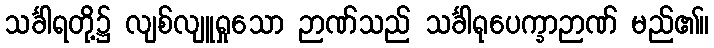
သင်္ခါရတို့၌ လျစ်လျူရှုသော ဉာဏ်သည် သင်္ခါရုပေက္ခာဉာဏ် မည်၏။